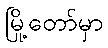
မြို့တော်မှာ